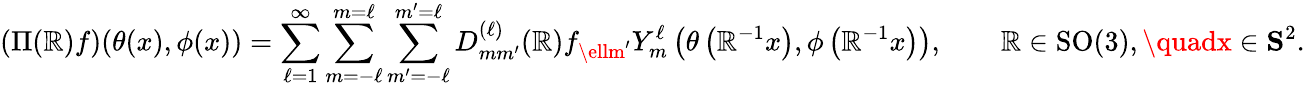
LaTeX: (\Pi(\mathbb{R})f)(\theta(x),\phi(x))=\sum_{\ell=1}^{\infty}\sum_{m=-\ell}^{m=\ell}\sum_{m^{\prime}=-\ell}^{m^{\prime}=\ell}D_{mm^{\prime}}^{(\ell)}(\mathbb{R})f_{\ellm^{\prime}}Y_{m}^{\ell}\left(\theta\left(\mathbb{R}^{-1}x\right),\phi\left(\mathbb{R}^{-1}x\right)\right),\qquad\mathbb{R}\in\operatorname{SO}(3),\quadx\in\mathbf{{S}}^{2}.